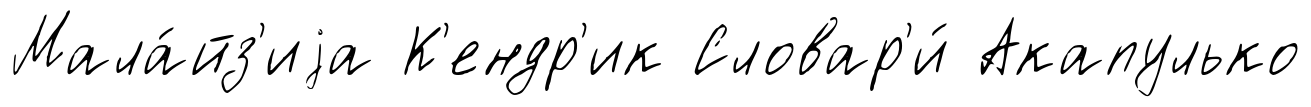
Мала́йз'иjа К'ендр'ик Словар'и́ Акапулько